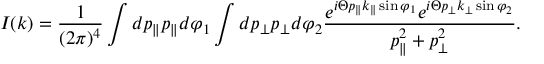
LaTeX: I ( k ) = \frac { 1 } { ( 2 \pi ) ^ { 4 } } \int d p _ { \parallel } p _ { \parallel } d \varphi _ { 1 } \int d p _ { \perp } p _ { \perp } d \varphi _ { 2 } \frac { e ^ { i \Theta p _ { \parallel } k _ { \parallel } \sin \varphi _ { 1 } } e ^ { i \Theta p _ { \perp } k _ { \perp } \sin \varphi _ { 2 } } } { p _ { \parallel } ^ { 2 } + p _ { \perp } ^ { 2 } } .